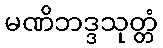
မဏိဘဒ္ဒသုတ္တံ